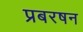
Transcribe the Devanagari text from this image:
प्रबरषन